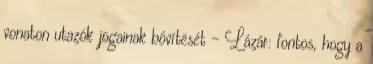
vonaton utazók jogainak bővítését - Lázár: fontos, hogy a